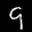
Label: 9